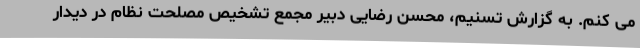
می کنم. به گزارش تسنیم، محسن رضایی دبیر مجمع تشخیص مصلحت نظام در دیدار